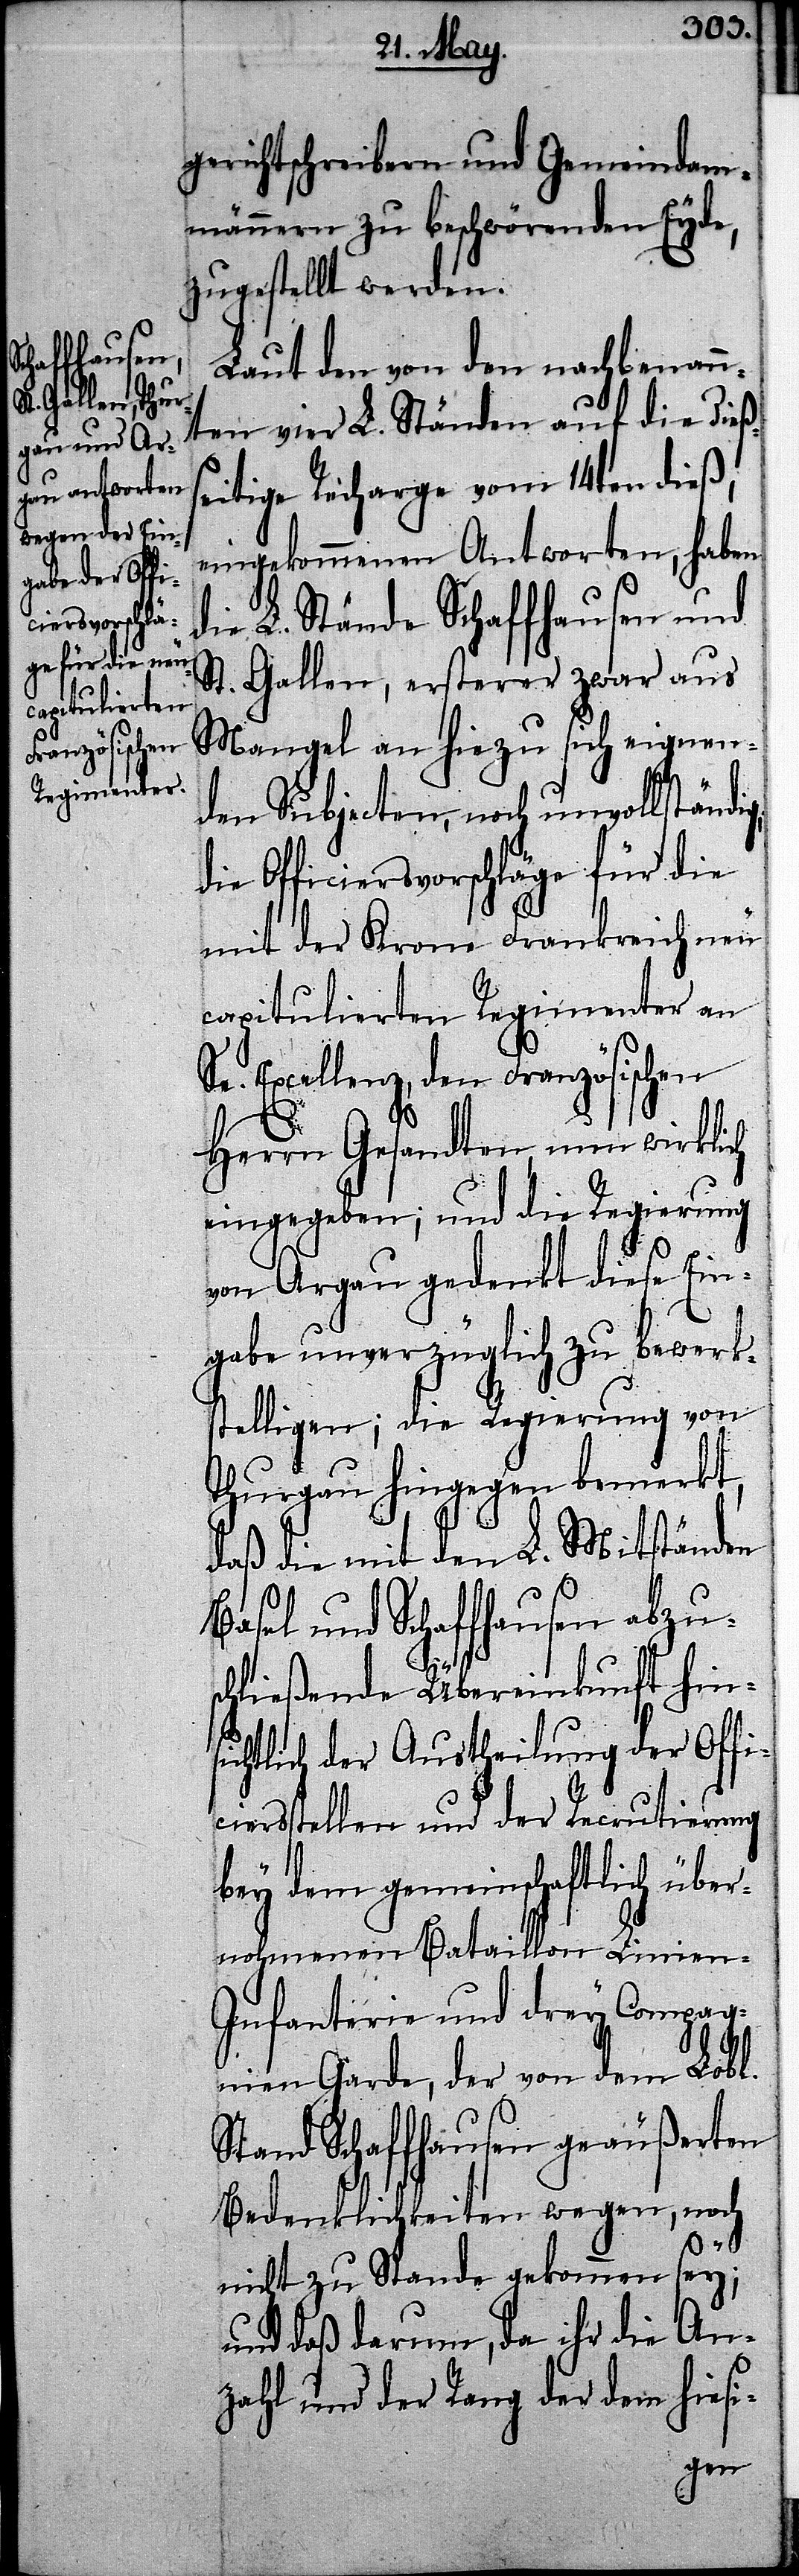
gerichtschreibern und Gemeindam¬
männern zu beschwörenden Eyde,
zugestellt werden.
Laut den von den nachbenan¬
nten vier L. Ständen auf die dieß¬
seitige Recharge vom 14ten dieß,
eingekommenen Antworten, haben
die L. Stände Schaffhausen und
St. Gallen, ersterer zwar aus
Mangel an hiezu sich eignen¬
den Subjecten, noch unvollständig,
die Officiersvorschläge für die
mit der Krone Frankreich neu
capitulierten Regimenter an
Se. Excellenz, den Französischen
Herrn Gesandten nun wirklich
eingegeben; und die Regierung
von Argau gedenkt diese Ein¬
gabe unverzüglich zu bewerks¬
telligen; die Regierung von
Thurgau hingegen bemerkt,
daß die mit den L. Mitständen
Basel und Schaffhausen abzus¬
chließende Übereinkunft hin¬
sichtlich der Austheilung der Offi¬
ciersstellen und der Recrutierung
bey dem gemeinschaftlich übe¬
rnohmenen Bataillon Linien-I¬
nfanterie und drey Compagn¬
ien Garde der von dem Lobl.
Stand Schaffhausen geäußerten
Bedenklichkeiten wegen, noch
nicht zu Stande gekommen sey;
und daß darum, da ihr die An¬
zahl und der Rang der dem hiesi-